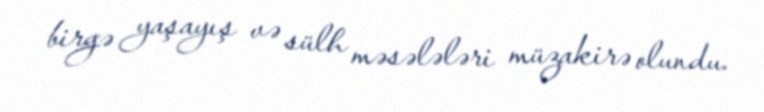
birgə yaşayış və sülh məsələləri müzakirə olundu.